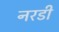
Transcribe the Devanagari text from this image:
नरडी